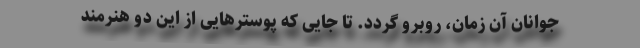
جوانان آن زمان، روبرو گردد. تا جایی که پوسترهایی از این دو هنرمند